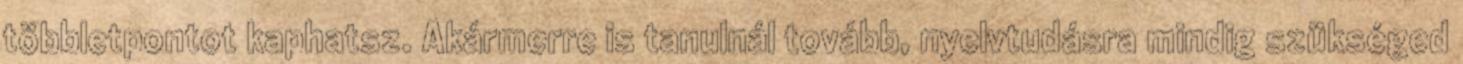
többletpontot kaphatsz. Akármerre is tanulnál tovább, nyelvtudásra mindig szükséged